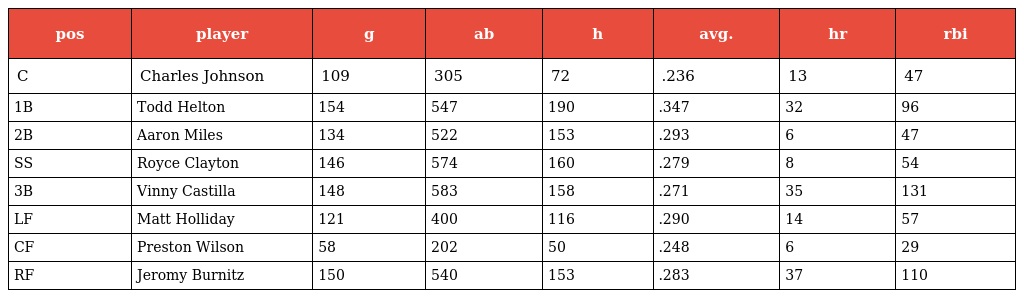
| pos | player | g | ab | h | avg. | hr | rbi |
 | --- | --- | --- | --- | --- | --- | --- | --- |
 | C | Charles Johnson | 109 | 305 | 72 | .236 | 13 | 47 |
 | 1B | Todd Helton | 154 | 547 | 190 | .347 | 32 | 96 |
 | 2B | Aaron Miles | 134 | 522 | 153 | .293 | 6 | 47 |
 | SS | Royce Clayton | 146 | 574 | 160 | .279 | 8 | 54 |
 | 3B | Vinny Castilla | 148 | 583 | 158 | .271 | 35 | 131 |
 | LF | Matt Holliday | 121 | 400 | 116 | .290 | 14 | 57 |
 | CF | Preston Wilson | 58 | 202 | 50 | .248 | 6 | 29 |
 | RF | Jeromy Burnitz | 150 | 540 | 153 | .283 | 37 | 110 |